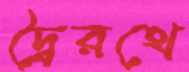
দ্বৈরথে